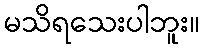
မသိရသေးပါဘူး။